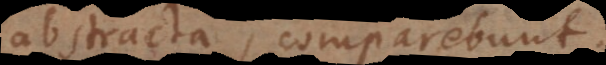
abstracta, comparebunt.